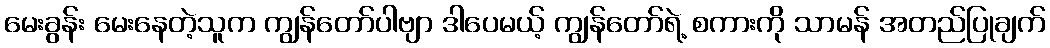
မေးခွန်း မေးနေတဲ့သူက ကျွန်တော်ပါဗျာ ဒါပေမယ့် ကျွန်တော်ရဲ့ စကားကို သာမန် အတည်ပြုချက်